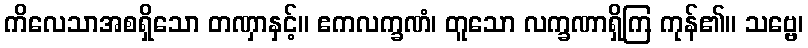
ကိလေသာအစရှိသော တဏှာနှင့်။ ဧကလက္ခဏံ၊ တူသော လက္ခဏာရှိကြ ကုန်၏။ သဗ္ဗေ၊